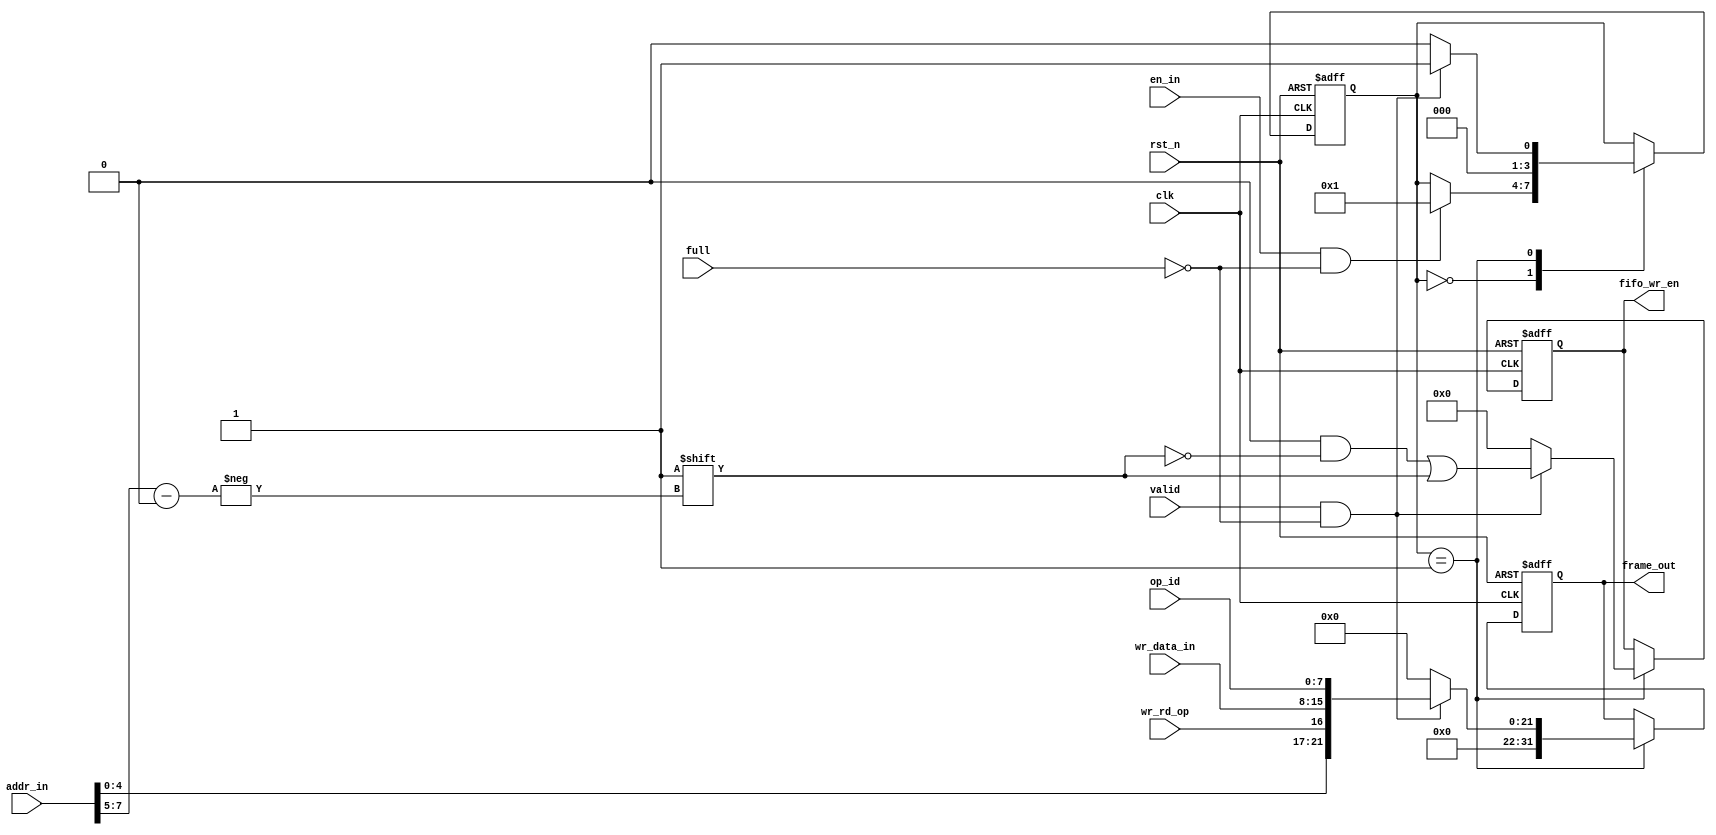
module bus_module #(
  parameter NUM_SW_INST = 5,
  parameter W_WIDTH = 8,
  parameter FRAME_WIDTH = 32
)(
  input clk, rst_n,
  input full,
  input en_in,
  input wr_rd_op,
  input valid,
  input [7:0] op_id, addr_in,//bits[7:5] represent the switch address, bits[4:0] represents the register address 
  input [W_WIDTH-1:0] wr_data_in,

  output [FRAME_WIDTH-1:0] frame_out,
  output [NUM_SW_INST-1:0] fifo_wr_en
);

  reg [FRAME_WIDTH-1:0] frame_out_ff, frame_out_nxt;
  reg [NUM_SW_INST-1:0] fifo_wr_en_ff, fifo_wr_en_nxt;
  reg [3:0] m_state_ff, m_state_nxt;

  always @(*) begin
    frame_out_nxt = frame_out_ff;
    fifo_wr_en_nxt = fifo_wr_en_ff;
    m_state_nxt = m_state_ff;

    case(m_state_ff)
      'h0: begin
        if(en_in && !full) begin
          m_state_nxt = 'h1;
        end 
      end 
      'h1: begin
        if(valid && !full) begin
          m_state_nxt = 'h1;
          //{addr[21:17], wr_rd_s[16], wr_data[15:8], op_id[7:0]}
          frame_out_nxt = {11'd0, addr_in[4:0], wr_rd_op, wr_data_in, op_id};
          fifo_wr_en_nxt = 0;//reset the wr_en for fifos
          fifo_wr_en_nxt[addr_in[7:5]] = 1;//set the wr_en for coresponding fifo
        end 
        else begin
          m_state_nxt = 'h0;
          frame_out_nxt = 0;
          fifo_wr_en_nxt = 0;
        end 
      end
      'h2: begin
      end
    endcase
  end 

  always @(posedge clk or negedge rst_n) begin
    if(!rst_n) begin
      frame_out_ff <= 0;
      fifo_wr_en_ff <= 0;
      m_state_ff <= 0;//IDLE
    end 
    else begin
      frame_out_ff <= frame_out_nxt;
      fifo_wr_en_ff <= fifo_wr_en_nxt;
      m_state_ff <= m_state_nxt;
    end 
  end 

  assign frame_out = frame_out_ff;
  assign fifo_wr_en = fifo_wr_en_ff; 
endmodule